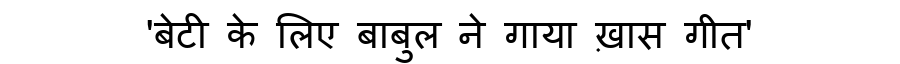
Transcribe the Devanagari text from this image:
'बेटी के लिए बाबुल ने गाया ख़ास गीत'